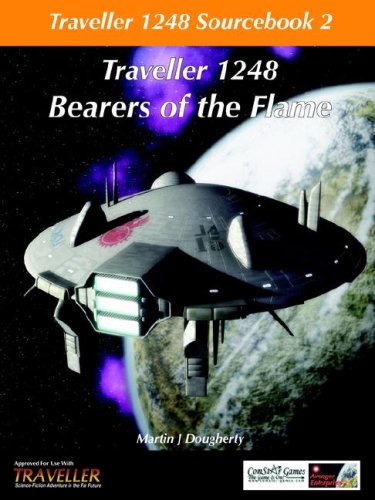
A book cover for Traveller 1248 Sourcebook 2 Bearers of the Flame; Martin  J Dougherty; Science Fiction & Fantasy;